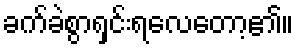
ခက်ခဲစွာရှင်းရလေတော့၏။